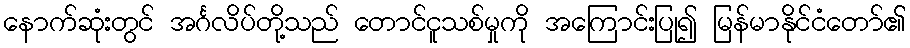
နောက်ဆုံးတွင် အင်္ဂလိပ်တို့သည် တောင်ငူသစ်မှုကို အကြောင်းပြု၍ မြန်မာနိုင်ငံတော်၏